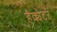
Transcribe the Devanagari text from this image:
हैक्येटर